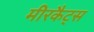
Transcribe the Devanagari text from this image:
मीरकैट्स